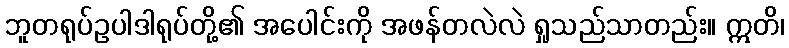
ဘူတရုပ်ဥပါဒါရုပ်တို့၏ အပေါင်းကို အဖန်တလဲလဲ ရှုသည်သာတည်း။ ဣတိ၊